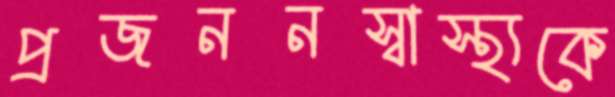
প্রজননস্বাস্থ্যকে